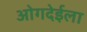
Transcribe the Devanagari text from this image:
ओगदेईला